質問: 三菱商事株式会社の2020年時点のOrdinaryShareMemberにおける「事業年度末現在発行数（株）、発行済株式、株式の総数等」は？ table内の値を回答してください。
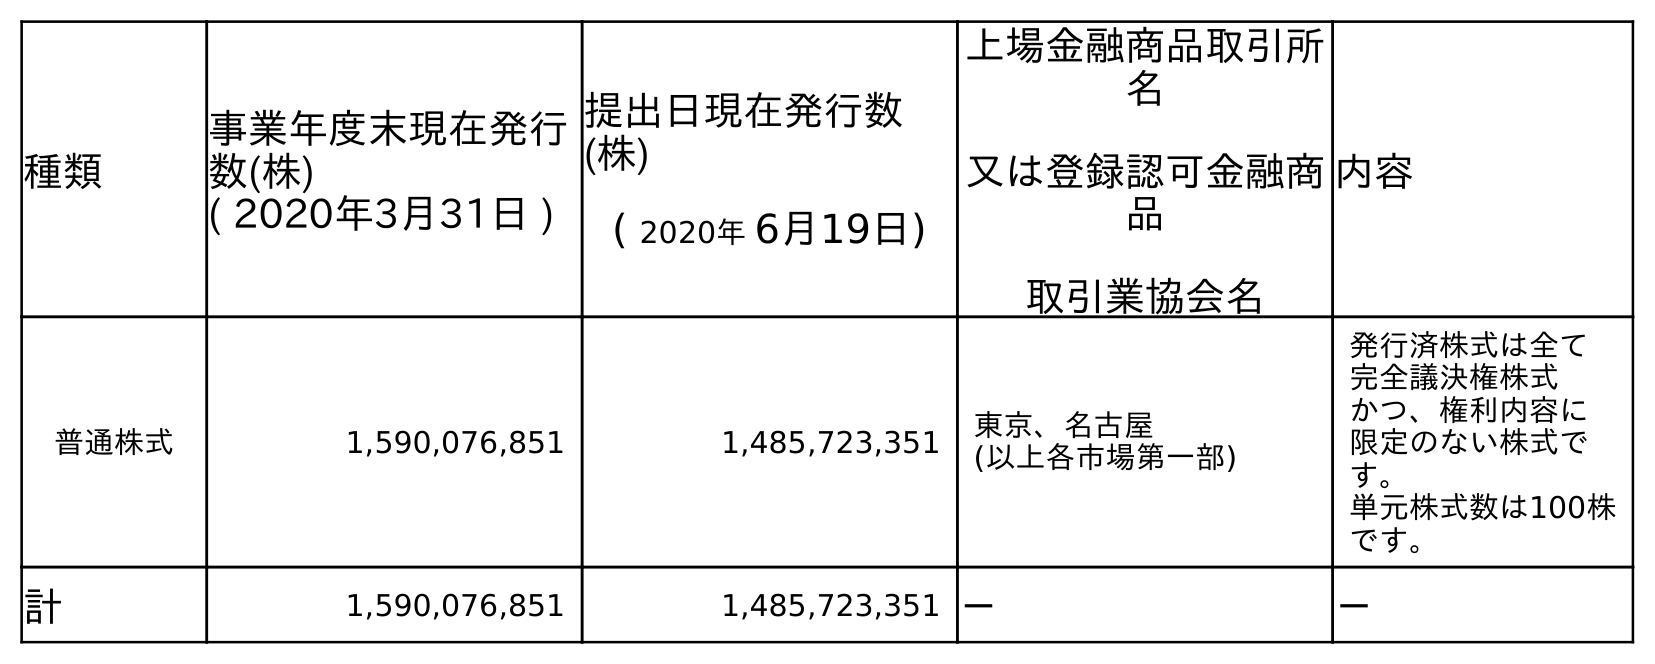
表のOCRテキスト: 種類 事業年度末現在発行 数(株) ( 2020年3月31日 ) 提出日現在発行数 (株) ( 2020年 6月19日) 上場金融商品取引所 名 又は登録認可金融商 品 取引業協会名 内容 普通株式 1,590,076,851 1,485,723,351 東京、名古屋 (以上各市場第一部) 発行済株式は全て 完全議決権株式 かつ、権利内容に 限定のない株式で す。 単元株式数は100株 です。 計 1,590,076,851 1,485,723,351 － －
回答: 1,590,076,851